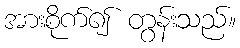
အားစိုက်၍ တွန်းသည်။